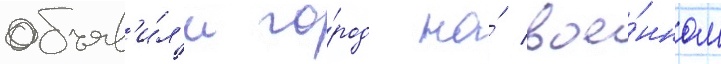
объяв'и́л'и го́род на́ вое́нном